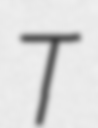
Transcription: T